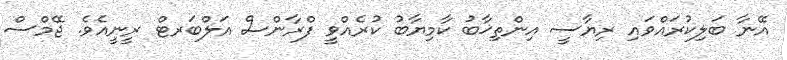
އޭނާ ބަލިކުރައްވައި ރިޔާސީ އިންތިޚާބު ކާމިޔާބު ކުރެއްވީ ފްރާންސް އަލްބަރޓް ރީނީއެވެ. ޖޭމްސް